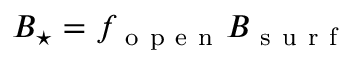
B _ { \star } = f _ { \mathrm { ~ o ~ p ~ e ~ n ~ } } B _ { \mathrm { ~ s ~ u ~ r ~ f ~ } }